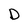
Character: D